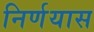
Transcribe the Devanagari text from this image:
निर्णयास